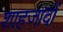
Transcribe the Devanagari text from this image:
शाहजादों